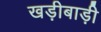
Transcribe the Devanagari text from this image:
खड़ीबाड़ी